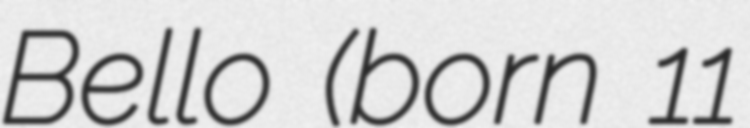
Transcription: Bello (born 11